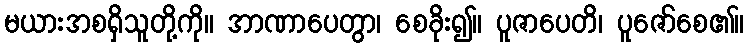
မယားအစရှိသူတို့ကို။ အာဏာပေတွာ၊ စေခိုး၍။ ပူဇာပေတိ၊ ပူဇော်စေ၏။